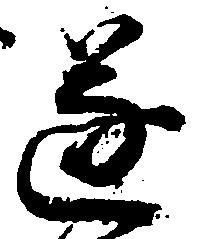
遂